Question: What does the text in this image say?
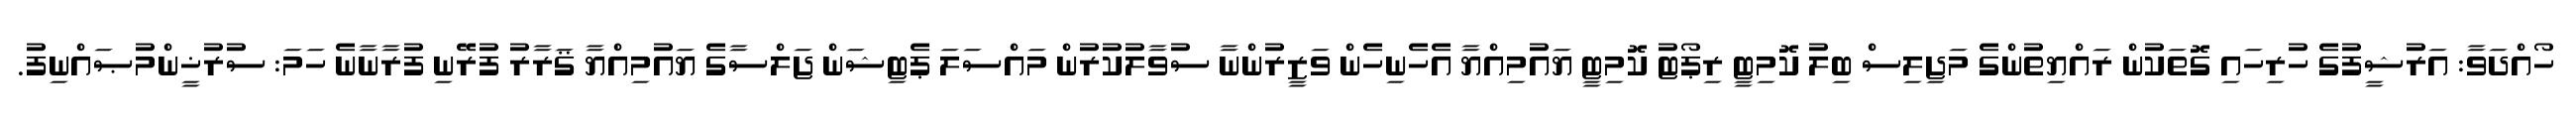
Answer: ހޯއްދަވާ: އަރުޝީފުގެ ހުރިހައި ގޮތަކުން ރައްޔިތުންގެ މަޖިލިސް ބިލު ކޮމިޓީ ރިޕޯޓު ކޮމިޓީ ޔައުމިއްޔާ އެހެނިހެން ވަޒީރުންނާ ސުވާލުކުރުން މައްސަލަ ޕެޓިޝަން ޖަލްސާގެ ޔައުމިއްޔާ ޤަރާރު ފުރޭނި ފުރާނާނެ ހަމަ: ސުރުޚީންމުޞައްނިފު.